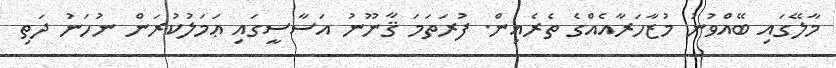
މާލޭގައި ބޭއްވުނު މުޒާހަރާއެއްގެ ތެރެއިން. ފުރަތަމަ ޤާނޫނު އަސާސީގައި ޢަމަލުކުރަން ނުހަނު ދަތި